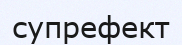
супрефект